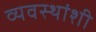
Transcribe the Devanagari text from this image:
व्यवस्थांशी